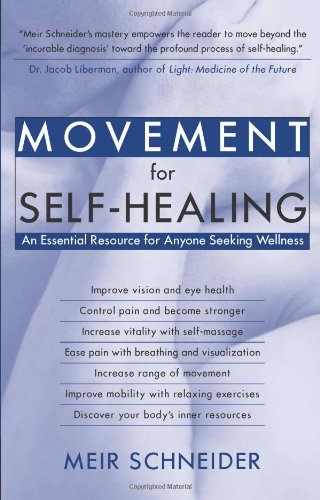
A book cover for Movement for Self-Healing: An Essential Resource for Anyone Seeking Wellness; Meir Schneider; Health, Fitness & Dieting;